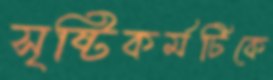
সৃষ্টিকর্মটিকে